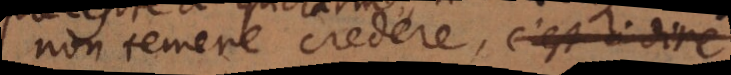
non temere credere, de ne